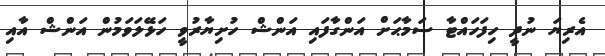
އެރިޔަ ނުދީ ހިފަހައްޓާ ސަމާޙަށް އަންގާފައި އަންޝް ހުށިޔާރުވީ ހަޅޭލަވަމުން އަންޝް އާއި